Report on horse surra - Volume II, Part II
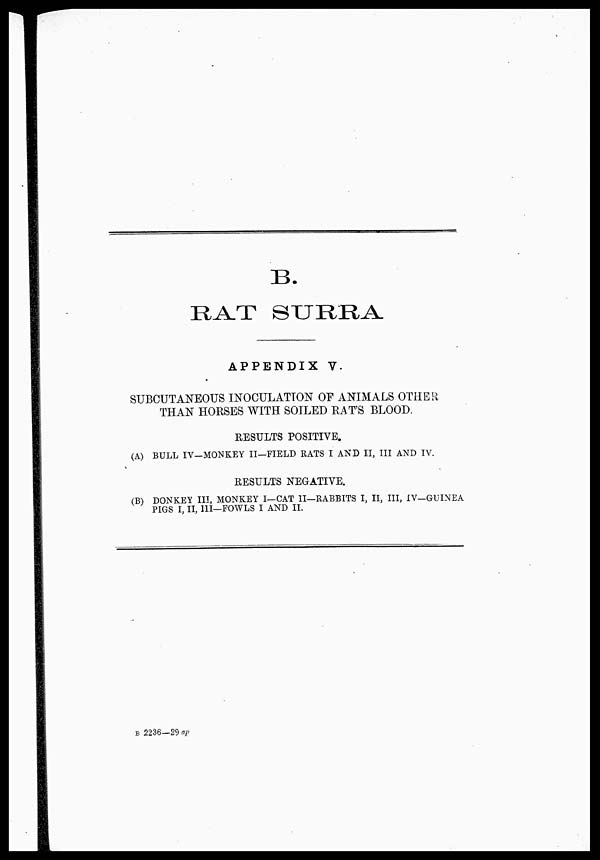
B.
RAT SURRA
APPENDIX V.
SUBCUTANEOUS INOCULATION OF ANIMALS OTHER
THAN HORSES WITH SOILED RAT'S BLOOD.
RESULTS POSITIVE.
(A) BULL IV—MONKEY II—FIELD RATS I AND II, III AND IV.
RESULTS NEGATIVE.
(B) DONKEY III, MONKEY I—CAT II—RABBITS I, II, III, IV—GUINEA
PIGS I, II, III—FOWLS I AND II.